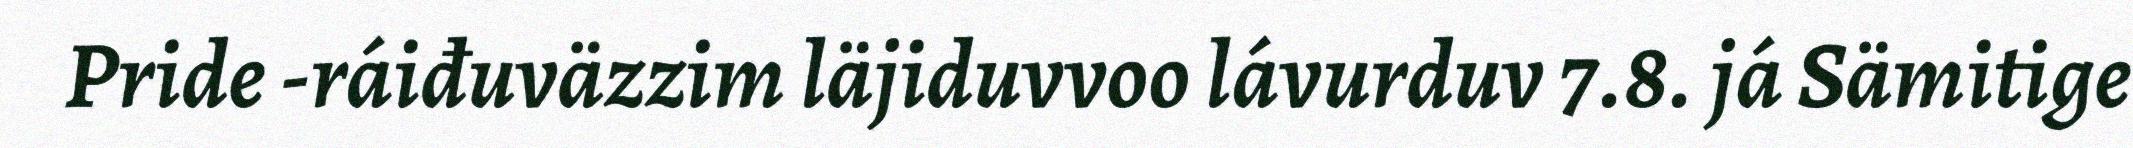
Pride -ráiđuväzzim läjiduvvoo lávurduv 7.8. já Sämitige